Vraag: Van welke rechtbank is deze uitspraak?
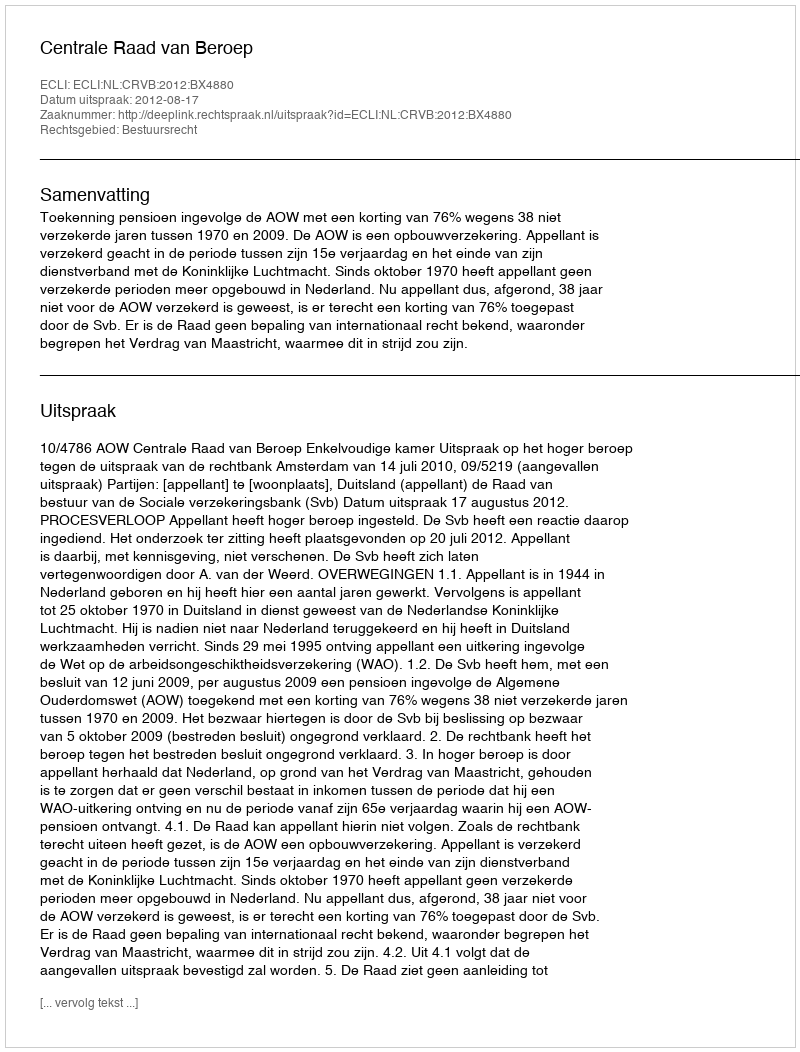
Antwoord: Centrale Raad van Beroep